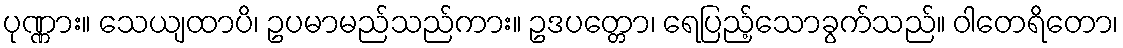
ပုဏ္ဏား။ သေယျထာပိ၊ ဥပမာမည်သည်ကား။ ဥဒပတ္တော၊ ရေပြည့်သောခွက်သည်။ ဝါတေရိတော၊